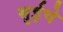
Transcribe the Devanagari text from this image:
सुईचे